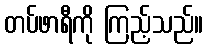
တပ်ဖာရီကို ကြည့်သည်။